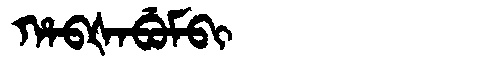
Manchu: ᡥᠠᠪᡧᠠᠪᡠᠮᠪᡳ
Romanization: HABŠABUMBI